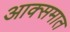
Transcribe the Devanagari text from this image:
आक्समात